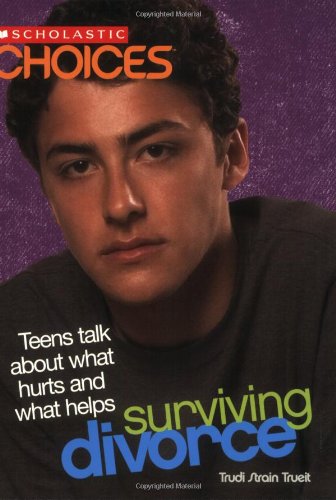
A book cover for Surviving Divorce: Teens Talk about What Hurts and What Helps (Scholastic Choices); Teen & Young Adult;